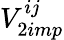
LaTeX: V_{2imp}^{ij}